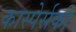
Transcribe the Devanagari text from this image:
कास्पेर्सकी